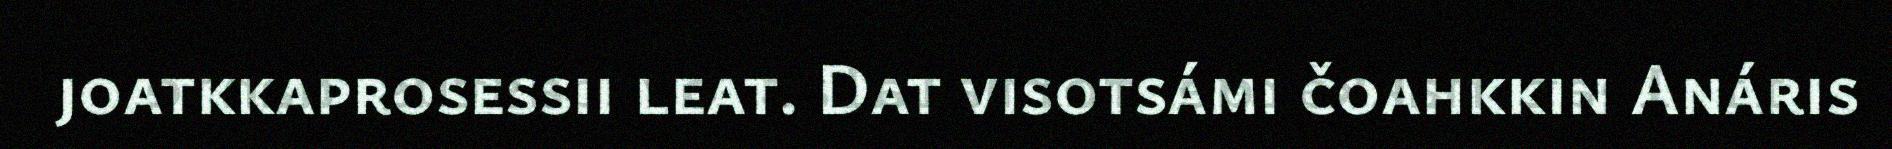
joatkkaprosessii leat. Dat visotsámi čoahkkin Anáris